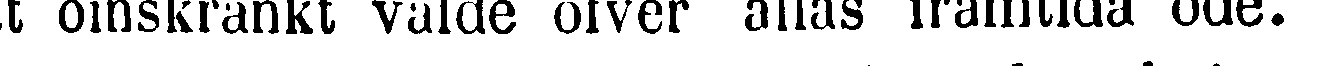
t oinskränkt välde öfver allas framtida öde.